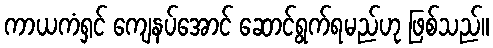
ကာယကံရှင် ကျေနပ်အောင် ဆောင်ရွက်ရမည်ဟု ဖြစ်သည်။